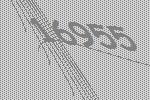
16955